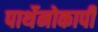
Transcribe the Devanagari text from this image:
पार्थेनोकार्पी